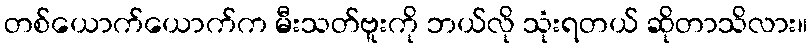
တစ်ယောက်ယောက်က မီးသတ်ဗူးကို ဘယ်လို သုံးရတယ် ဆိုတာသိလား။